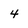
Character: 4